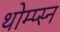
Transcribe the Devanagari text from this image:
थोम्प्स्न